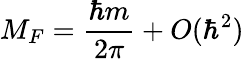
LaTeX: M_{F}=\frac{\hbar m}{2\pi}+O(\hbar^{2})